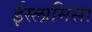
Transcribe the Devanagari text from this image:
ईस्लामिसा